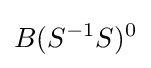
B(S^{-1}S)^{0}